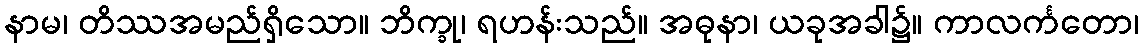
နာမ၊ တိဿအမည်ရှိသော။ ဘိက္ခု၊ ရဟန်းသည်။ အဓုနာ၊ ယခုအခါ၌။ ကာလင်္ကတော၊